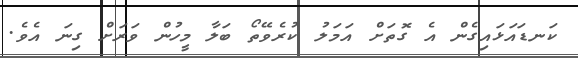
ކަނޑައަޅައިގެން އެ ގޮތަށް އަމަލު ކުރެވޭތޯ ބަލާ މީހުން ވަރަށް ގިނަ އެވެ.